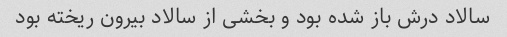
سالاد درش باز شده بود و بخشی از سالاد بیرون ریخته بود